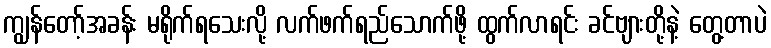
ကျွန်တော့်အခန်း မရိုက်ရသေးလို့ လက်ဖက်ရည်သောက်ဖို့ ထွက်လာရင်း ခင်ဗျားတို့နဲ့ တွေ့တာပဲ